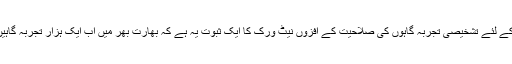
کووڈ-19 کی جانچ کے لئے تشخیصی تجربہ گاہوں کی صلاحیت کے افزوں نیٹ ورک کا ایک ثبوت یہ ہے کہ بھارت بھر میں اب ایک ہزار تجربہ گاہیں مصروف عمل ہیں۔